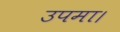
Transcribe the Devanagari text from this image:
उपमा।